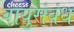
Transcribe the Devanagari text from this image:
वायुसंबंध